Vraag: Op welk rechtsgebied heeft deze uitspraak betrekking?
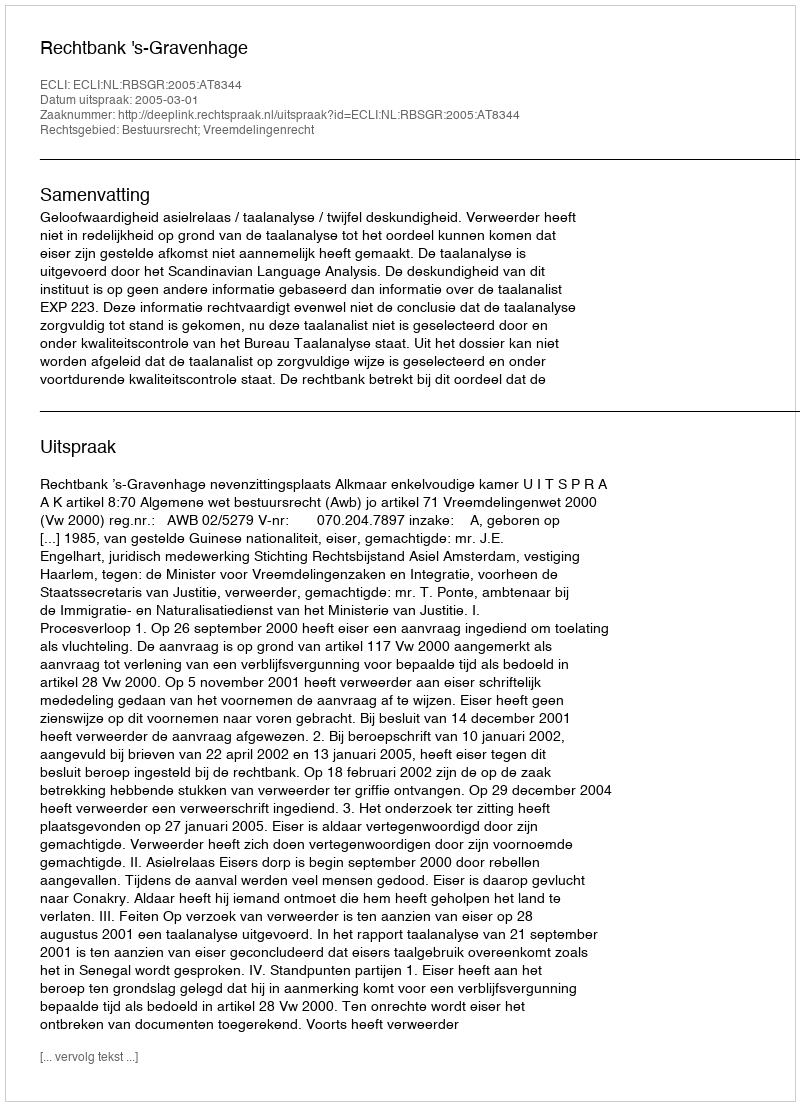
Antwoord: Bestuursrecht; Vreemdelingenrecht